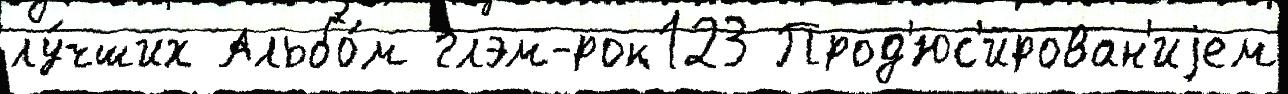
лу́чших Альбо́м глэм-рок123 Прод'юс'ирован'иjем